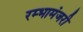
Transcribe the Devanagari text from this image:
रम्भामंजरी